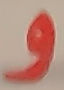
و